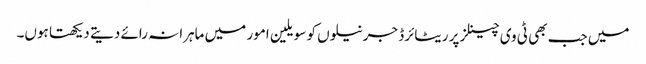
میں جب بھی ٹی وی چینلز پر ریٹائرڈ جرنیلوں کو سویلین امور میں ماہرانہ رائے دیتے دیکھتا ہوں۔